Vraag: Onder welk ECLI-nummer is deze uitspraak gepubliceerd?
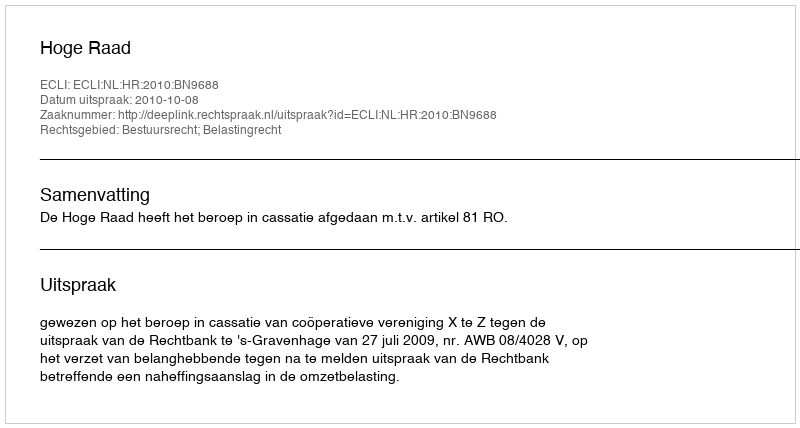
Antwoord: ECLI:NL:HR:2010:BN9688